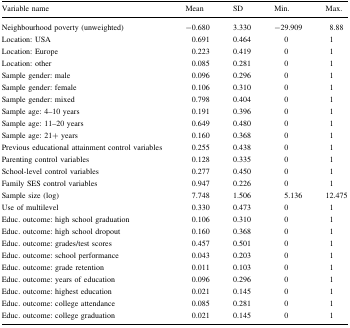
| Variable name | Mean | SD | Min. | Max. |
 | --- | --- | --- | --- | --- |
 | Neighbourhood poverty (unweighted) | −0.680 | 3.330 | −29.909 | 8.88 |
 | Location: USA | 0.691 | 0.464 | 0 | 1 |
 | Location: Europe | 0.223 | 0.419 | 0 | 1 |
 | Location: other | 0.085 | 0.281 | 0 | 1 |
 | Sample gender: male | 0.096 | 0.296 | 0 | 1 |
 | Sample gender: female | 0.106 | 0.310 | 0 | 1 |
 | Sample gender: mixed | 0.798 | 0.404 | 0 | 1 |
 | Sample age: 4–10 years | 0.191 | 0.396 | 0 | 1 |
 | Sample age: 11–20 years | 0.649 | 0.480 | 0 | 1 |
 | Sample age: 21+ years | 0.160 | 0.368 | 0 | 1 |
 | Previous educational attainment control variables | 0.255 | 0.438 | 0 | 1 |
 | Parenting control variables | 0.128 | 0.335 | 0 | 1 |
 | School-level control variables | 0.277 | 0.450 | 0 | 1 |
 | Family SES control variables | 0.947 | 0.226 | 0 | 1 |
 | Sample size (log) | 7.748 | 1.506 | 5.136 | 12.475 |
 | Use of multilevel | 0.330 | 0.473 | 0 | 1 |
 | Educ. outcome: high school graduation | 0.106 | 0.310 | 0 | 1 |
 | Educ. outcome: high school dropout | 0.160 | 0.368 | 0 | 1 |
 | Educ. outcome: grades/test scores | 0.457 | 0.501 | 0 | 1 |
 | Educ. outcome: school performance | 0.043 | 0.203 | 0 | 1 |
 | Educ. outcome: grade retention | 0.011 | 0.103 | 0 | 1 |
 | Educ. outcome: years of education | 0.096 | 0.296 | 0 | 1 |
 | Educ. outcome: highest education | 0.021 | 0.145 | 0 | 1 |
 | Educ. outcome: college attendance | 0.085 | 0.281 | 0 | 1 |
 | Educ. outcome: college graduation | 0.021 | 0.145 | 0 | 1 |